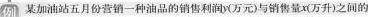
例某加油站五月份营销一种油品的销售利润y(万元)与销售量x(万升)之间的